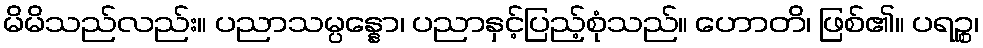
မိမိသည်လည်း။ ပညာသမ္ပန္နော၊ ပညာနှင့်ပြည့်စုံသည်။ ဟောတိ၊ ဖြစ်၏။ ပရဉ္စ၊